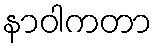
နာဝါကတာ